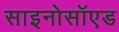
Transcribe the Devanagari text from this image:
साइनोसॉएड